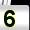
Digit: 5